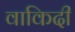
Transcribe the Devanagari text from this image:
वाकिदी